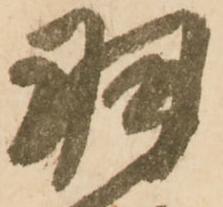
羽